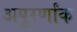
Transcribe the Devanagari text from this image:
अपूरर्णांक